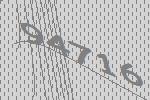
94716